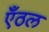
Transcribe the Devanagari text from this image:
एँठल